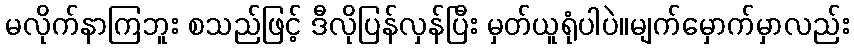
မလိုက်နာကြဘူး စသည်ဖြင့် ဒီလိုပြန်လှန်ပြီး မှတ်ယူရုံပါပဲ။မျက်မှောက်မှာလည်း